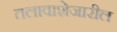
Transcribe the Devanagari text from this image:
तलावाशेजारील